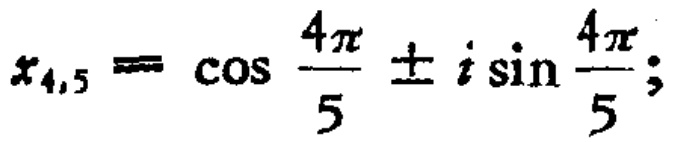
\(x_{4,5}=\cos \frac{4\pi}{5}\pm i\sin \frac{4\pi}{5};\)